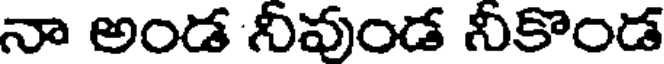
నా అండ నీవుండ నీకొండ